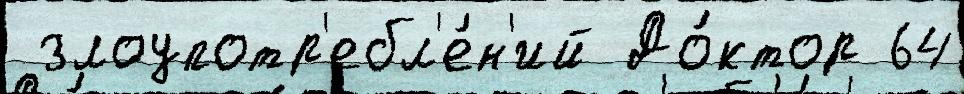
 злоупотр'ебл'е́н'ий До́ктор 64